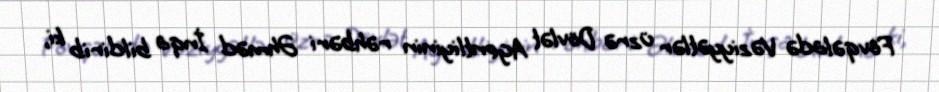
Fövqəladə Vəziyyətlər üzrə Dövlət Agentliyinin rəhbəri Əhməd İnqa bildirib ki,